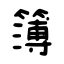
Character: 簿